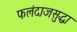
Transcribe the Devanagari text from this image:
फलंदाजसुद्धा